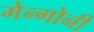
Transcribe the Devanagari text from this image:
मेन्गोनी